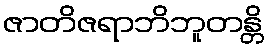
ဇာတိဇရာဘိဘူတန္တိ